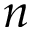
n